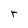
Character: r